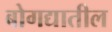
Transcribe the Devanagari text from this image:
बोगद्यातील